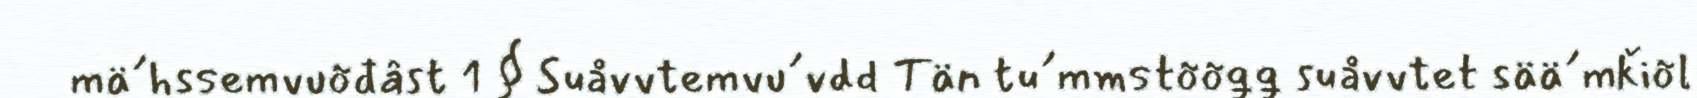
mä´hssemvuõđâst 1 § Suåvvtemvu´vdd Tän tu´mmstõõǥǥ suåvvtet sää´mǩiõl